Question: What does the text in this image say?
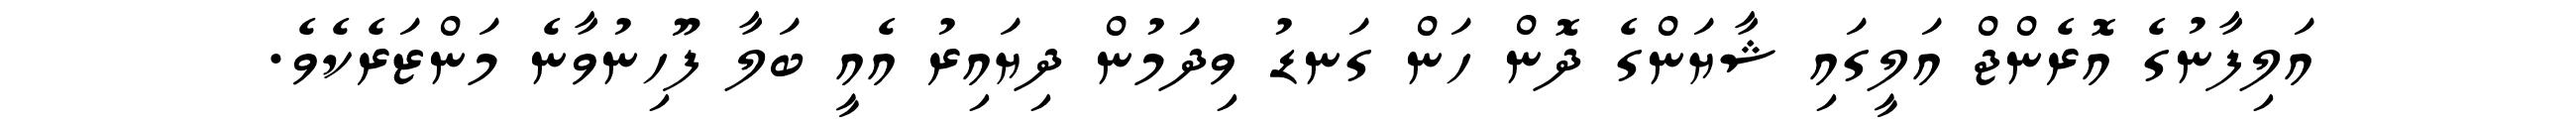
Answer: އަލިފާނުގެ އޮރެންޖް އަލީގައި ޝާޔަންގެ ދޮން ހަން ގަނޑު ވިދަމުން ދިޔައިރު އެއީ ބަލާ ފޫހިނުވާނެ މަންޒަރެކެވެ.